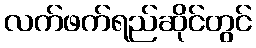
လက်ဖက်ရည်ဆိုင်တွင်